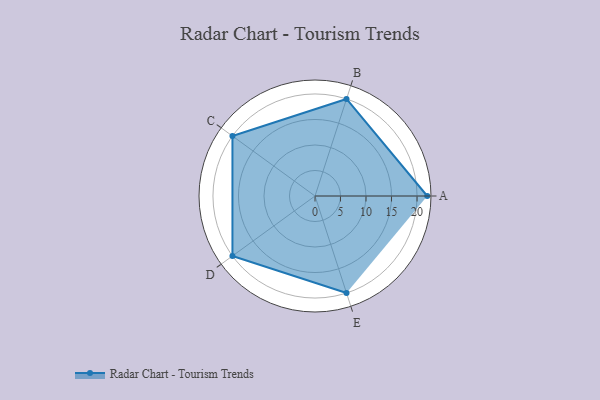
{"axis": {"x": "Skill", "y": "Score"}, "legend": ["Profile"], "data": [{"x": "A", "y": 22.0, "type": "Profile"}, {"x": "B", "y": 20, "type": "Profile"}, {"x": "C", "y": 20, "type": "Profile"}, {"x": "D", "y": 20, "type": "Profile"}, {"x": "E", "y": 20, "type": "Profile"}]}